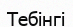
Тебінгі